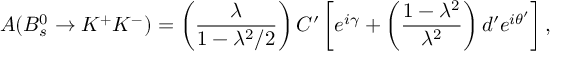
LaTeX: A ( B _ { s } ^ { 0 } \to K ^ { + } K ^ { - } ) = \left( \frac { \lambda } { 1 - \lambda ^ { 2 } / 2 } \right) { \cal C } ^ { \prime } \left[ e ^ { i \gamma } + \left( \frac { 1 - \lambda ^ { 2 } } { \lambda ^ { 2 } } \right) d ^ { \prime } e ^ { i \theta ^ { \prime } } \right] ,